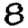
Digit: 8